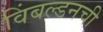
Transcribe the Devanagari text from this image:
विंबल्डनची